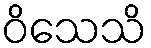
ဝိသေသိ